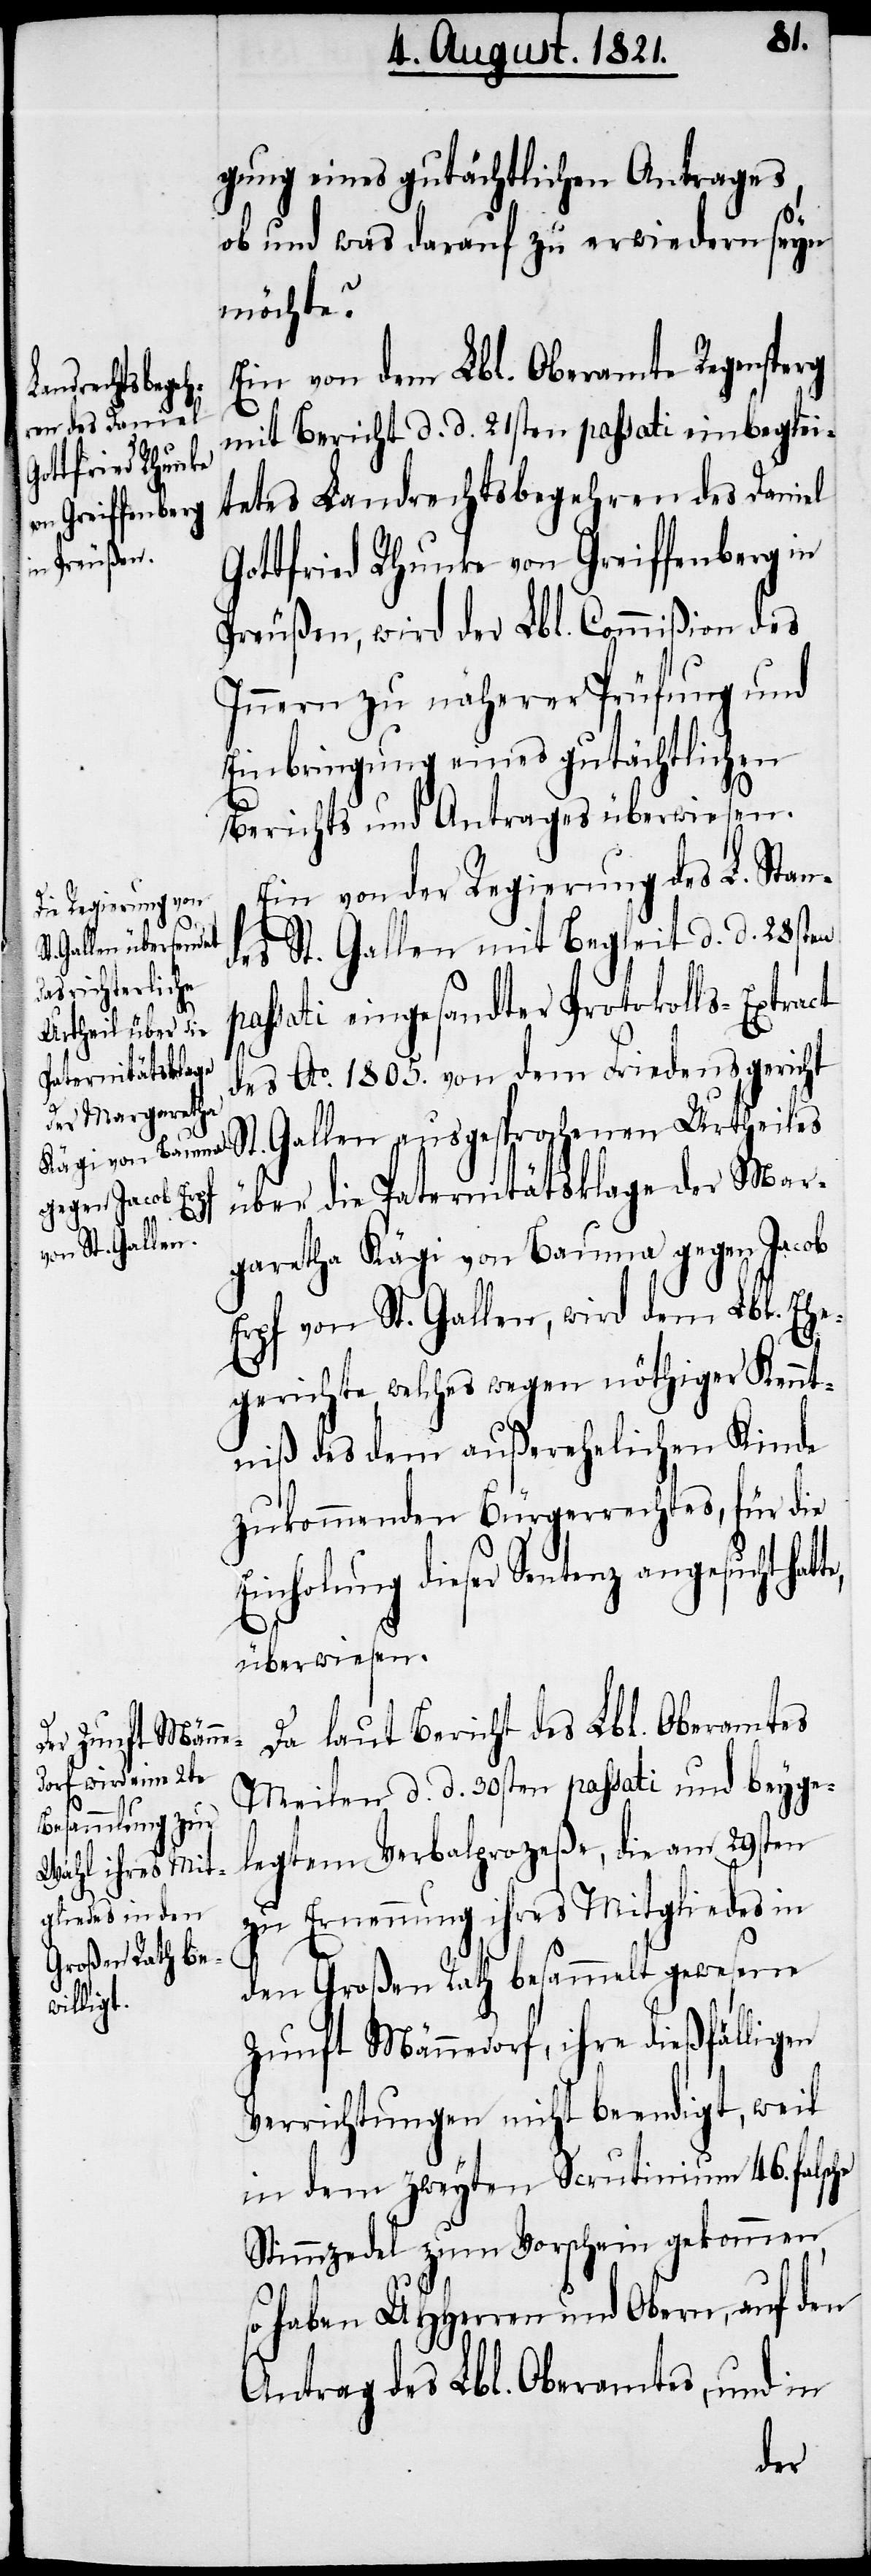
gung eines gutächtlichen Antrages,
ob und was darauf zu erwiedern seyn
möchte?
Ein von dem Lbl. Oberamte Regensperg
mit Bericht d. d. 21sten passati einbeglei¬
tetes Landrechtsbegehren des Daniel
Gottfried Rhunke von Greiffenberg in
Preußen, wird der Lbl. Commißion des
Innern zu näherer Prüfung und
Einbringung eines gutächtlichen
Berichts und Antrages überwiesen.
Ein von der Regierung des L. Stan¬
des St. Gallen mit Begleit d. d. 28sten
passati eingesandter Protokolls-Extract
des Ao. 1805. von dem Friedensgericht
St. Gallen ausgesprochenen Urtheils
über die Paternitätsklage der Mar¬
garetha Kägi von Bauma gegen Jacob
Erpf von St. Gallen, wird dem Lbl. Ehe¬
gerichte, welches wegen nöthiger Kennt¬
niß des dem außerehelichen Kinde
zukommenden Bürgerrechtes, für die
Einholung dieser Sentenz angesucht
überwiesen.
Da laut Bericht des Lbl. Standes
Meilen d. d. 30sten passati und beygel¬
egtem Verbalprozeße, die am 29sten
zu Ernennung ihres Mitgliedes in
den Großen Rath besammelt gewesene
Zunft Männedorf, ihre dießfälligen
Verrichtungen nicht beendigt, weil
in dem zweyten Scrutinium 46. falsche
Stimmzedel zum Vorschein gekommen,
so haben UHHerren und Obern, auf den
Antrag des Lbl. Oberamtes, und in